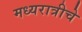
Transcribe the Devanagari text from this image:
मध्यरात्रीचे